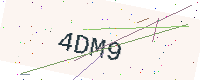
Text: 4DM9